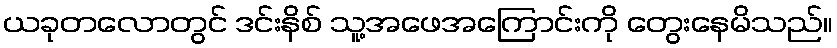
ယခုတလောတွင် ဒင်းနိစ် သူ့အဖေအကြောင်းကို တွေးနေမိသည်။